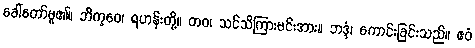
ခေါ်တော်မူ၏။ ဘိက္ခဝေ၊ ရဟန်းတို့။ တဝ၊ သင်သိကြားမင်းအား။ ဘဒ္ဒံ၊ ကောင်းခြင်းသည်။ ဧဝံ